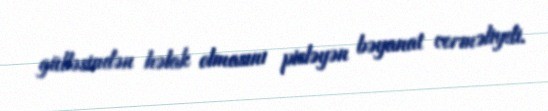
gülləsindən həlak olmasını pisləyən bəyanat verməliydi.